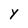
Character: Y